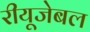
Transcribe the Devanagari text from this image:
रीयूजेबल